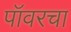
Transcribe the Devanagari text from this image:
पॉवरचा